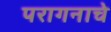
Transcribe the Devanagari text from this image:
परागनाचे